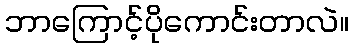
ဘာကြောင့်ပိုကောင်းတာလဲ။